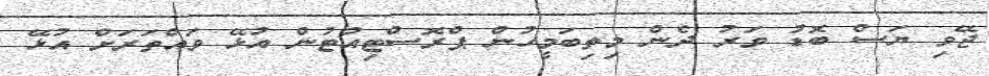
ޖޭވި ޔަސް ބޮޑު ވަރު ދެން މިތިބަމީހުން ޕްރޮސްޓިއުޓުން އުޅޭ ވައްތަރަށް އުޅޭ